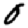
Digit: 0